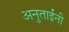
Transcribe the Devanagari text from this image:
अनुताईंनी